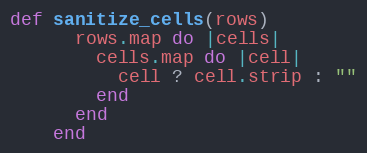
Language: Ruby
def sanitize_cells(rows)
      rows.map do |cells|
        cells.map do |cell|
          cell ? cell.strip : ""
        end
      end
    end